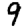
Digit: 9